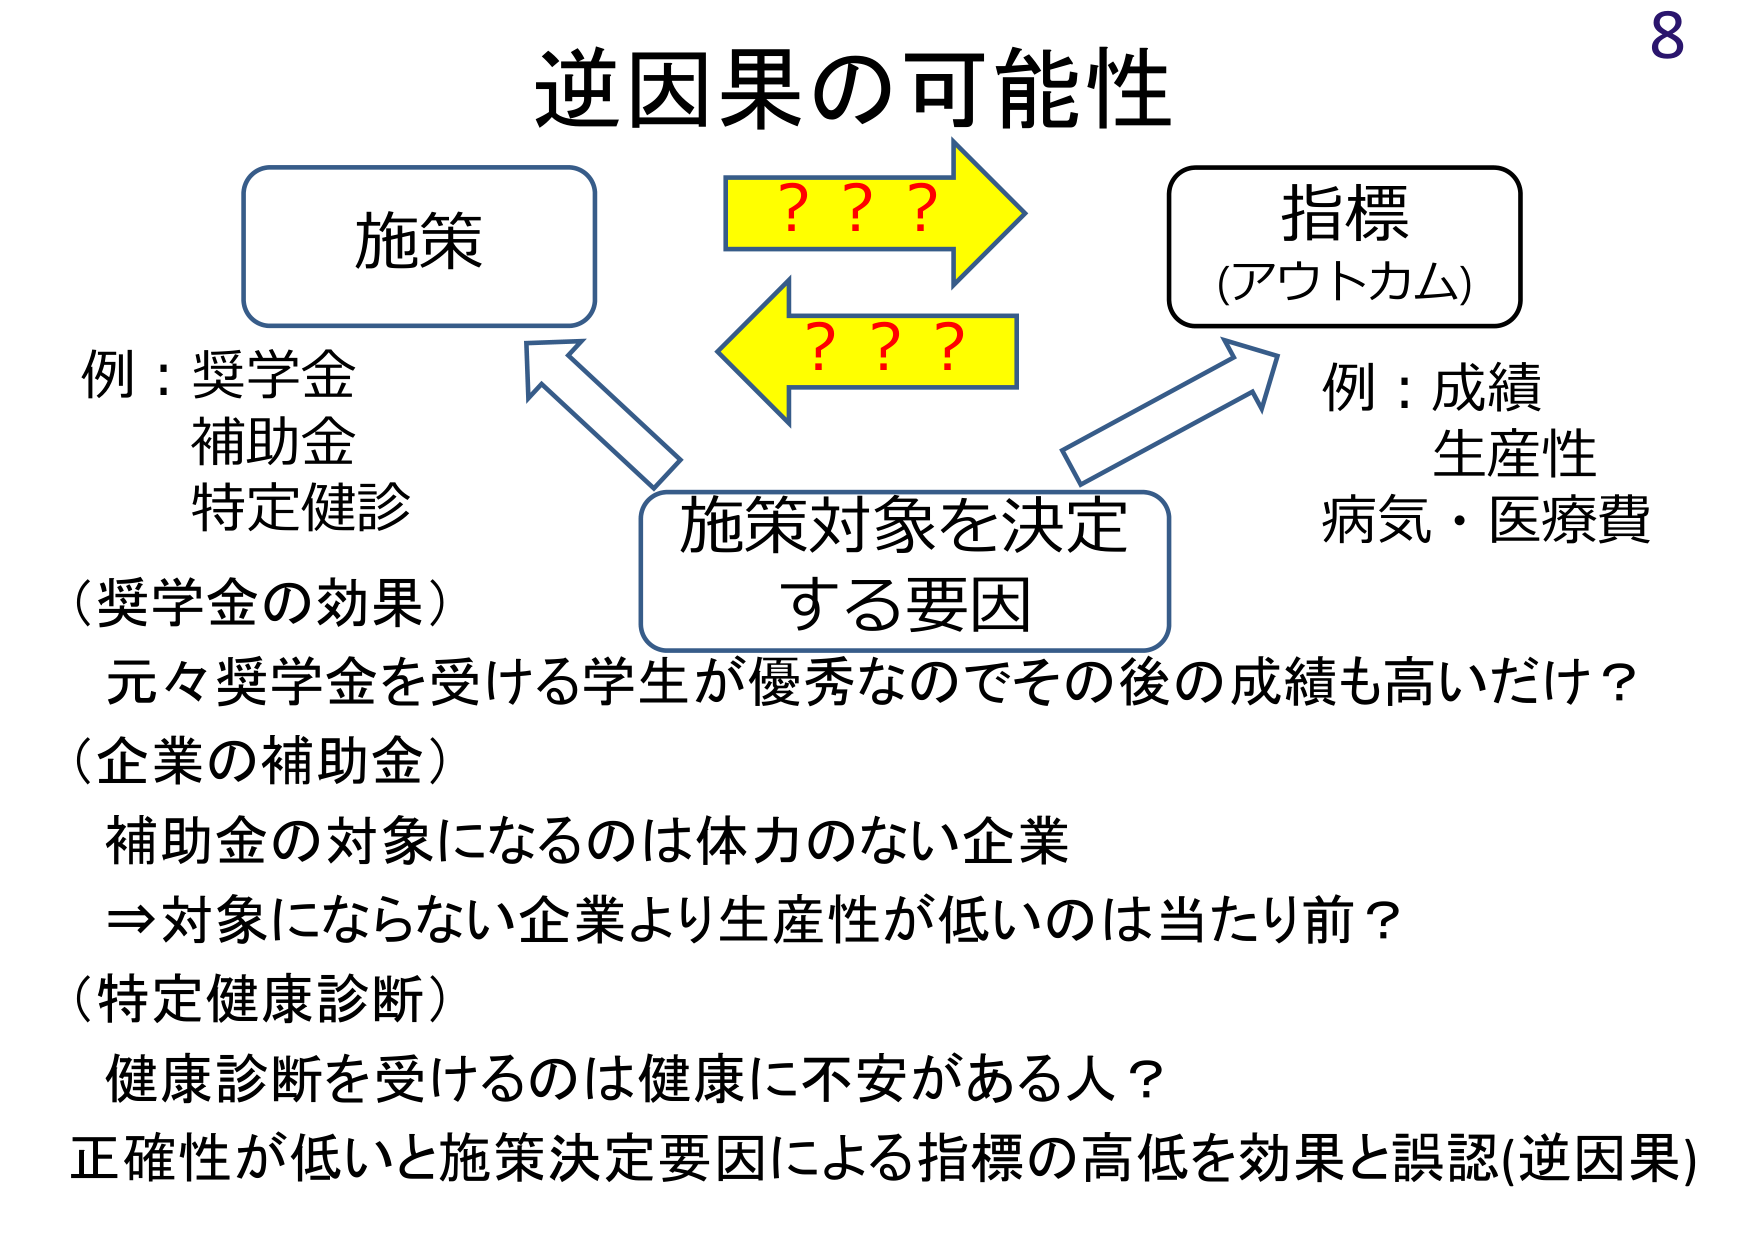
8
逆因果の可能性
施策
????
指標
(アウトカム)
例：奨学金
補助金
特定健診
(奨学金の効果)
元々奨学金を受ける学生が優秀なのでその後の成績も高いだけ？
(企業の補助金)
補助金の対象になるのは体力のない企業
⇒対象にならない企業より生産性が低いのは当たり前？
(特定健康診断)
健康診断を受けるのは健康に不安がある人？
正確性が低いと施策決定要因による指標の高低を効果と誤認(逆因果)
例：成績
生産性
病気・医療費
施策対象を決定
する要因
????